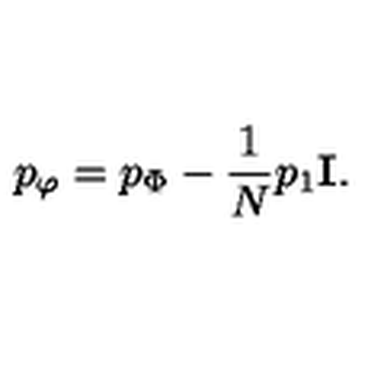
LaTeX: p _ { \varphi } = p _ { \Phi } - { \frac { 1 } { N } } p _ { 1 } { \bf I } .